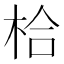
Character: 㭘